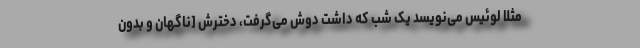
مثلاً لوئیس می‌نویسد یک شب که داشت دوش می‌گرفت، دخترش [ناگهان و بدون